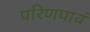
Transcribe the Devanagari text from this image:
परिणपावं